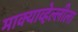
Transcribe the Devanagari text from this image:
माक्याव्हेल्लीला